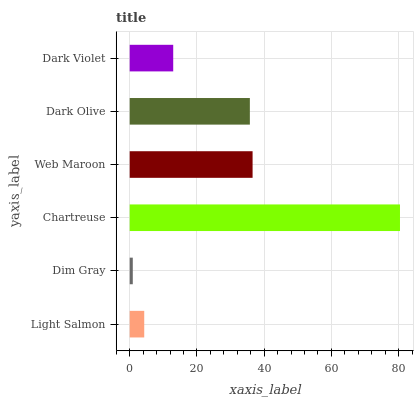
| yaxis_label | bars |
 | --- | --- |
 | Light Salmon | 4.32 |
 | Dim Gray | 0.918 |
 | Chartreuse | 80.4 |
 | Web Maroon | 36.6 |
 | Dark Olive | 35.7 |
 | Dark Violet | 12.9 |